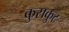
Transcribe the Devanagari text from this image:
कुसकुट